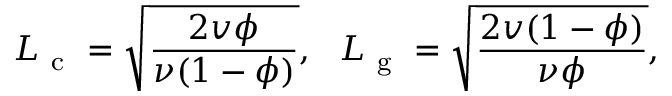
L _ { \mathrm { ~ c ~ } } = \sqrt { \frac { 2 v \phi } { \nu ( 1 - \phi ) } } , \, \, \, \, L _ { \mathrm { ~ g ~ } } = \sqrt { \frac { 2 v ( 1 - \phi ) } { \nu \phi } } ,